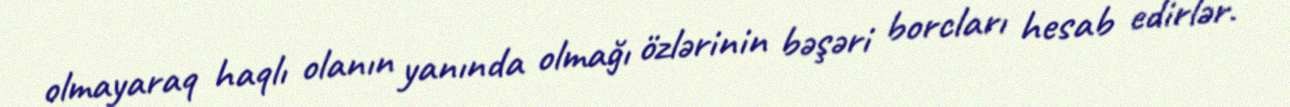
olmayaraq haqlı olanın yanında olmağı özlərinin bəşəri borcları hesab edirlər.